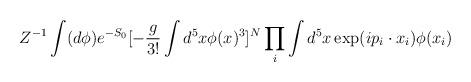
LaTeX: \begin{align*}Z^{-1} \int (d\phi ) e^{-S_0}[-\frac{g}{3!}\int d^5x \phi(x)^3]^N \prod_i \int d^5x \exp (ip_i \cdot x_i) \phi(x_i)\end{align*}